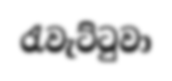
රැවැට්ටුවා